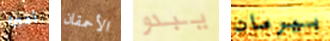
أخيرا الأحمقان يبدو بيرمان